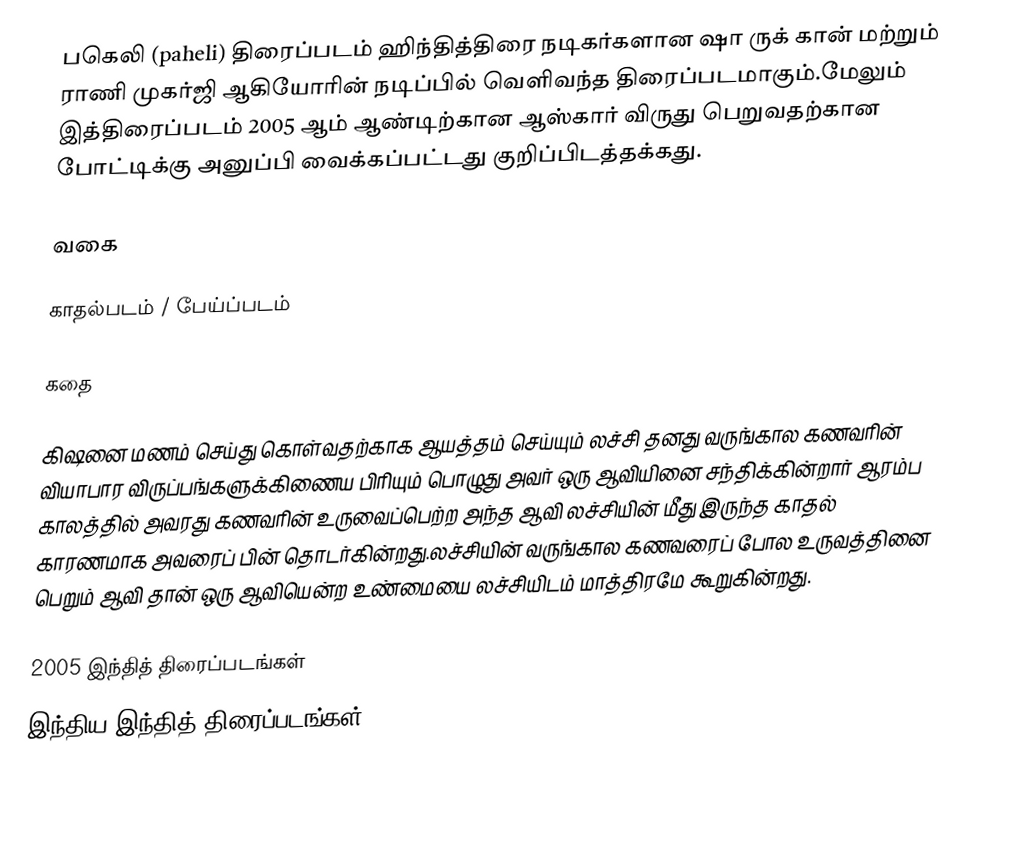
பகெலி (paheli) திரைப்படம் ஹிந்தித்திரை நடிகர்களான ஷா ருக் கான் மற்றும் ராணி முகர்ஜி ஆகியோரின் நடிப்பில் வெளிவந்த திரைப்படமாகும்.மேலும் இத்திரைப்படம் 2005 ஆம் ஆண்டிற்கான ஆஸ்கார் விருது பெறுவதற்கான போட்டிக்கு அனுப்பி வைக்கப்பட்டது குறிப்பிடத்தக்கது.

வகை

காதல்படம் / பேய்ப்படம்

கதை

கிஷனை மணம் செய்து கொள்வதற்காக ஆயத்தம் செய்யும் லச்சி தனது வருங்கால கணவரின் வியாபார விருப்பங்களுக்கிணைய பிரியும் பொழுது அவர் ஒரு ஆவியினை சந்திக்கின்றார் ஆரம்ப காலத்தில் அவரது கணவரின் உருவைப்பெற்ற அந்த ஆவி லச்சியின் மீது இருந்த காதல் காரணமாக அவரைப் பின் தொடர்கின்றது.லச்சியின் வருங்கால கணவரைப் போல உருவத்தினை பெறும் ஆவி தான் ஒரு ஆவியென்ற உண்மையை லச்சியிடம் மாத்திரமே கூறுகின்றது.

2005 இந்தித் திரைப்படங்கள்
இந்திய இந்தித் திரைப்படங்கள்